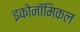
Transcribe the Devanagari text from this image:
इकोनॉमिकल